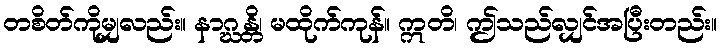
တစိတ်ကိုမျှလည်း။ နာဂ္ဃန္တိ၊ မထိုက်ကုန်။ ဣတိ၊ ဤသည်လျှင်အပြီးတည်း။